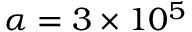
\alpha = 3 \times 1 0 ^ { 5 }